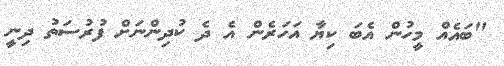
"ބައެއް މީހުން އެބަ ކިޔާ އަހަރެން އެ ދެ ކުދިންނަށް ފުރުސަތު ދިނީ